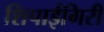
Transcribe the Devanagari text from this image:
शिपाईगिरी